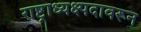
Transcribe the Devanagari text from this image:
राष्ट्राध्यक्ष्पदावरून